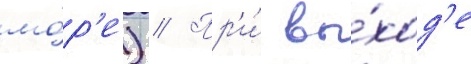
мо́р'е) // Пр'и́ вы́ход'е